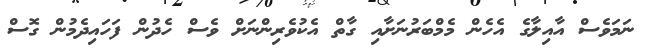
ނަމަވެސް އާއިލާގެ އެހެން މެމްބަރުނަށާއި ގާތް އެކުވެރިންނަށް ވެސް ހެދުން ފަހައިދެމުން ގޮސް